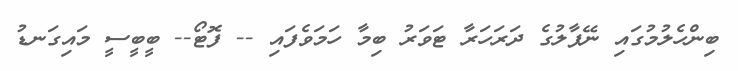
ބިންހެލުމުގައި ނޭޕާލުގެ ދަރަހަރާ ޓަވަރު ބިމާ ހަމަވެފައި -- ފޮޓޯ-- ބީބީސީ މައިގަނޑު